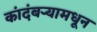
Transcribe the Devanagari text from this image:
कांदंबर्‍यामधून